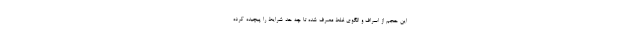
این حجم از اسراف و الگوی غلط مصرف شده تا چه حد شرایط را پیچیده کرده